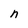
Character: n